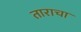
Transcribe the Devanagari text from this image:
ताराचा